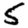
Digit: 5